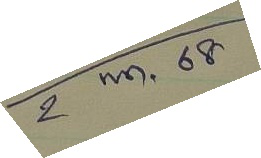
2 พ.ค. 68